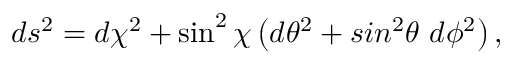
d s ^ { 2 } = d \chi ^ { 2 } + \sin ^ { 2 } \chi \left( d \theta ^ { 2 } + s i n ^ { 2 } \theta \ d \phi ^ { 2 } \right) ,